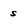
Character: s